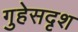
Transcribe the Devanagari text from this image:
गुहेसदृश